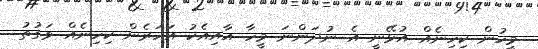
މީހުން ކިހިނެއް އުޅޭނީ އެ ނުދަންނަ މީހާ އާއިއެކު އަހަރެން ކިހިނެއް ވަގުތު